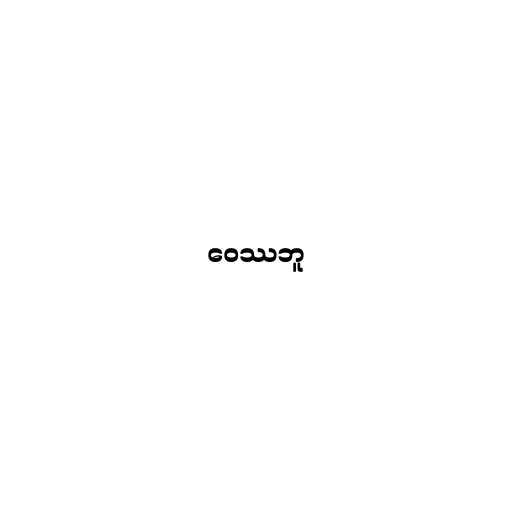
ဝေဿဘူ